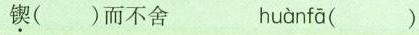
锲()而不舍 huànfā ()